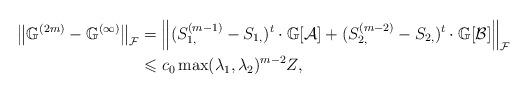
LaTeX: \begin{align*}\left\Vert\mathbb{G}^{(2m)}-\mathbb{G}_{}^{(\infty)}\right\Vert_{\mathcal{F}} &=\left\Vert (S_{1,}^{(m-1)}-S_{1,})^{t}\cdot\mathbb{G}[\mathcal{A}]+(S_{2,}^{(m-2)}-S_{2,})^{t}\cdot\mathbb{G}[\mathcal{B}]\right\Vert _{\mathcal{F}} \\& \leqslant c_{0}\max(\lambda_{1},\lambda_{2})^{m-2}Z, \end{align*}